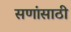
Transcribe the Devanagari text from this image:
सणांसाठी